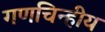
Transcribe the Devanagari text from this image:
गणचिन्हीय